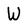
Character: W